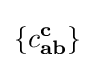
\{c_{\mathbf {a} \mathbf {b} }^{\mathbf {c} }\}